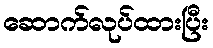
ဆောက်လုပ်ထားပြီး